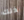
ذلك